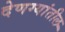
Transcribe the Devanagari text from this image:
देणग्यांतील